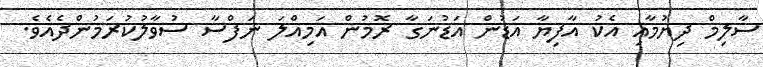
ސާލިމް ދިޔުމާއި އެކު އާފިޔާ އަޑުން އަޑުނަގާ ރޮމުން އަމިއްލަ ނަފްސާ ސުވާލުކުރަމުންދެއެވެ.